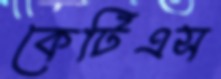
কেটিএস